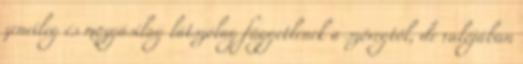
zeneileg és mozgásilag látszólag függetlenek a szövegtől, de valójában